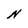
Character: N